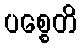
ပစ္စေတိ